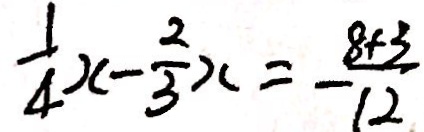
\frac { 1 } { 4 } x - \frac { 2 } { 3 } x = \frac { 8 + 3 } { 1 2 }